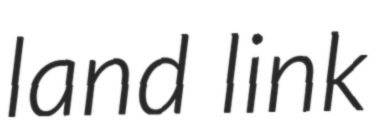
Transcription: land link